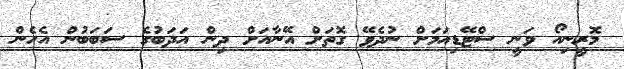
މޮރީނިއޯ ވަނީ ސްޓޭޑިއަމަށް ނުދެވޭ ގޮތަށް އޭނާއަށް ދިން އަދަބުގެ ސަބަބުން އެހެން